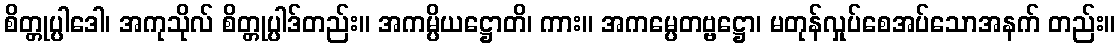
စိတ္တုပ္ပါဒေါ၊ အကုသိုလ် စိတ္တုပ္ပါဒ်တည်း။ အကမ္ပိယဋ္ဌောတိ၊ ကား။ အကမ္ပေတဗ္ဗဋ္ဌော၊ မတုန်လှုပ်စေအပ်သောအနက် တည်း။